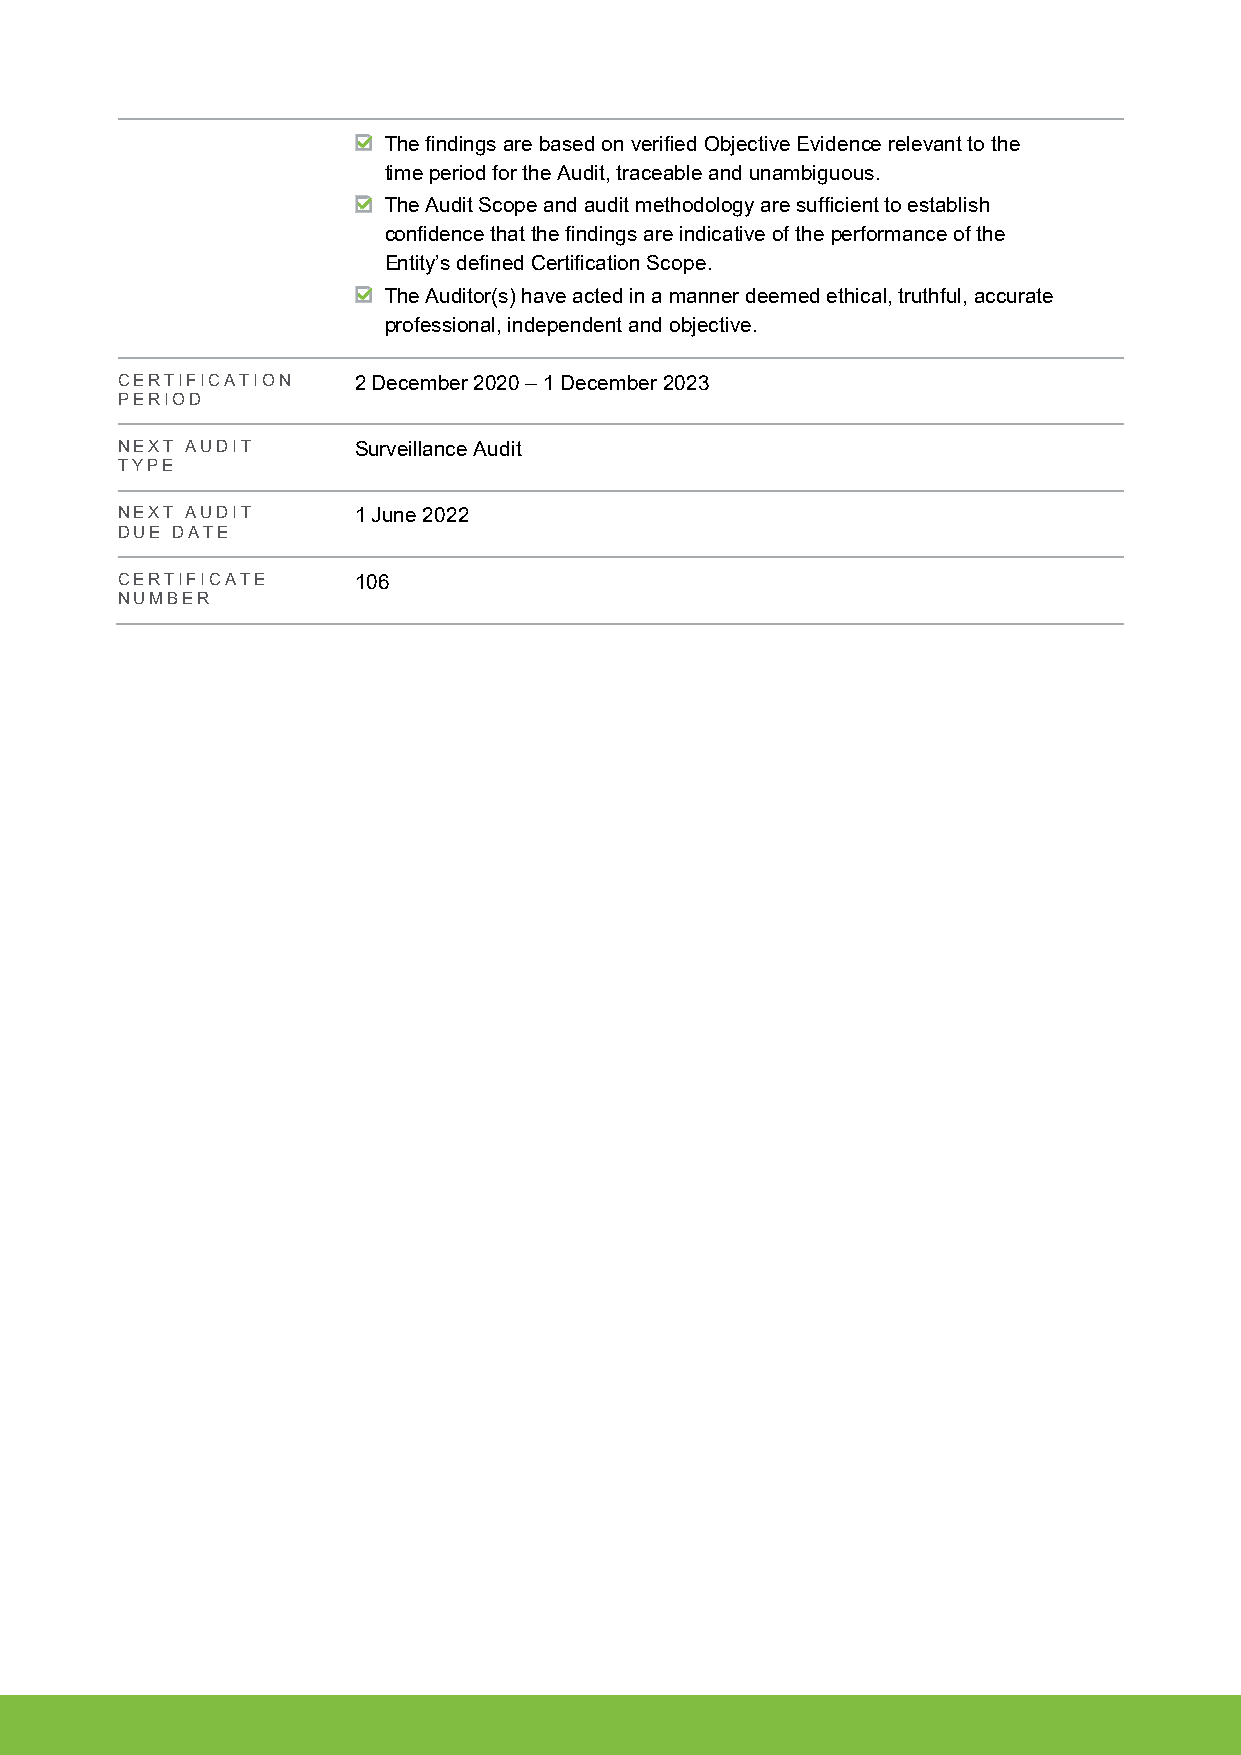
The findings are based on verified Objective Evidence relevant to the
 time period for the Audit, traceable and unambiguous.
 The Audit Scope and audit methodology are sufficient to establish
 confidence that the findings are indicative of the performance of the
 Entity’s defined Certification Scope.
 The Auditor(s) have acted in a manner deemed ethical, truthful, accurate
 professional, independent and objective.
 CERTIFICATION  2 December 2020 – 1 December 2023
 PERIOD
 NEXT AUDIT     Surveillance Audit
 TYPE
 NEXT AUDIT     1 June 2022
 DUE DATE
 CERTIFICATE    106
 NUMBER